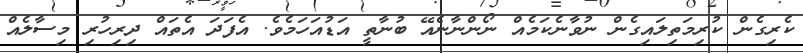
ކެރިގެން ކުރިމަތިލައިގެން ނުވާނެކަމެއް ނޯންނާނެއޭ ބުނާތީ އަޑުއަހަމެވެ. އެފަދަ އެތައް ދިރިހުރި މިސާލެއް